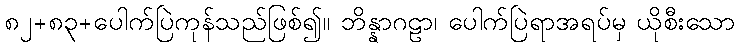
၈၂+၈၃+ပေါက်ပြဲကုန်သည်ဖြစ်၍။ ဘိန္နာဂဠာ၊ ပေါက်ပြဲရာအရပ်မှ ယိုစီးသော